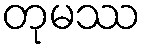
တုမဿ